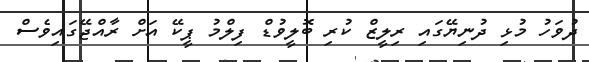
ދުވަހު މުޅި ދުނިޔޭގައި ރިލީޒް ކުރި ބޮލީވުޑް ފިލްމު ޕީކޭ އަށް ރާއްޖޭގައިވެސް